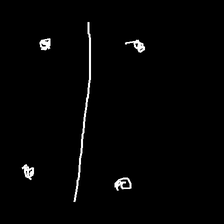
Glyph: cool